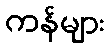
ကန်များ